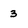
Character: 3